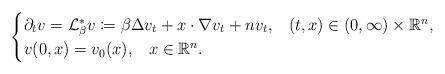
LaTeX: \begin{align*}\begin{cases}\partial_t v = \mathcal{L}_\beta^* v \coloneqq \beta\Delta v_t + x\cdot \nabla v_t + n v_t,\;\;\; (t,x) \in (0,\infty)\times \mathbb{R}^n, \\v(0,x) = v_0(x),\;\;\; x\in \mathbb{R}^n. \end{cases}\end{align*}